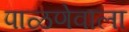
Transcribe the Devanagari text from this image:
पाळणेवाला